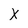
Character: X